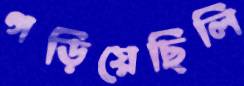
গড়িয়েছিলি